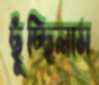
ছুঁচ্ছিলাম